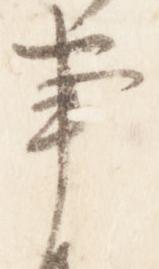
事